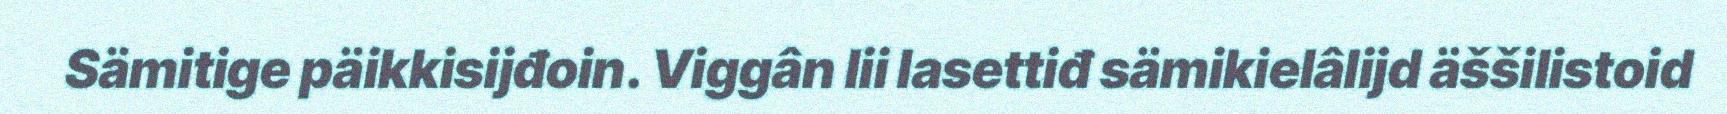
Sämitige päikkisijđoin. Viggân lii lasettiđ sämikielâlijd äššilistoid